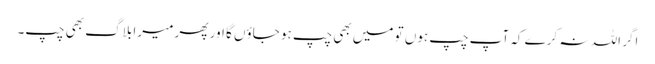
اگر اللہ نہ کرے کہ آپ چپ ہوں تو میں بھی چپ ہو جاؤں گا اور پھر میرا بلاگ بھی چپ۔